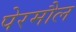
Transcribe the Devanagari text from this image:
पेरमौल